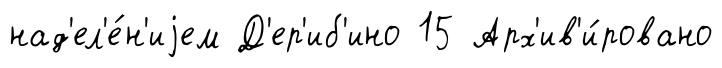
над'ел'е́н'иjем Д'ер'иб'ино 15 Арх'ив'и́ровано